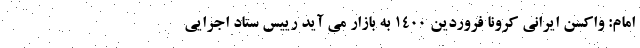
امام: واکسن ایرانی کرونا فروردین ۱۴۰۰ به بازار می آید رییس ستاد اجرایی